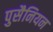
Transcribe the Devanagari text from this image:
पुसैनियन